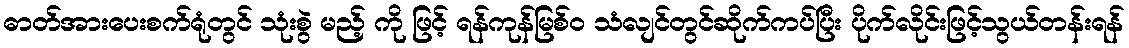
ဓာတ်အားပေးစက်ရုံတွင် သုံးစွဲ မည့် ကို ဖြင့် ရန်ကုန်မြစ်ဝ သံလျင်တွင်ဆိုက်ကပ်ပြီး ပိုက်လိုင်းဖြင့်သွယ်တန်းရန်